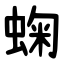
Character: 䗇